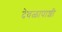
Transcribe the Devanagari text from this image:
देवळापाशी